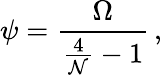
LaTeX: \displaystyle{\psi=\frac{\Omega}{\frac{4}{{\cal N}}-1}}\, ,